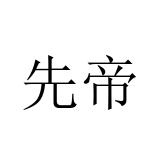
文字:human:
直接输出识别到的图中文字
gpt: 先帝